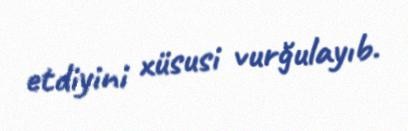
etdiyini xüsusi vurğulayıb.